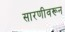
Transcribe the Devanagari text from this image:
सारणीवरून